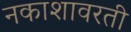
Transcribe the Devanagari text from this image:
नकाशावरती